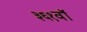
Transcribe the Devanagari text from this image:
३६१वॉ